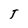
Character: 5